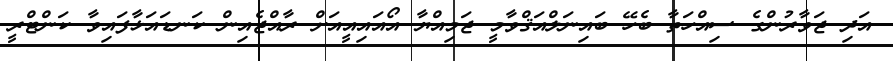
އަދި ޖަަވާރުންގެ ސިއްހަތާ ބެހޭ ބައިނަލްއަޤްވާމީ ޖަމިއްޔާ އޯއައިއީއަށް ރާއްޖެއިން ކަނޑައަޅާފައިވާ ކަންޓްރީ